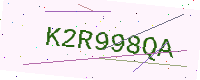
Text: K2R998QA